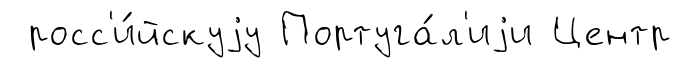
росс'и́йскуjу Португа́л'иjи Центр